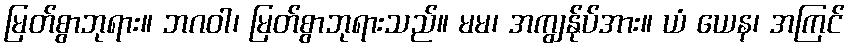
မြတ်စွာဘုရား။ ဘဂဝါ၊ မြတ်စွာဘုရားသည်။ မမ၊ အကျွန်ုပ်အား။ ယံ ယေန၊ အကြင်